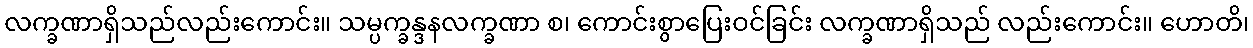
လက္ခဏာရှိသည်လည်းကောင်း။ သမ္ပက္ခန္ဒနလက္ခဏာ စ၊ ကောင်းစွာပြေးဝင်ခြင်း လက္ခဏာရှိသည် လည်းကောင်း။ ဟောတိ၊